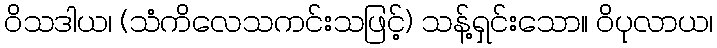
ဝိသဒါယ၊ (သံကိလေသကင်းသဖြင့်) သန့်ရှင်းသော။ ဝိပုလာယ၊